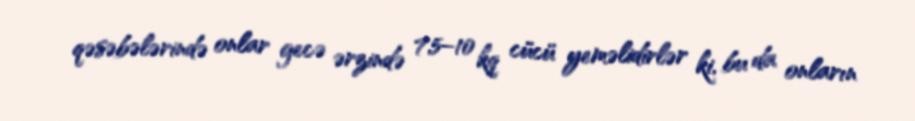
qəsəbələrində onlar gecə ərzində 7,5–10 kq cücü yeməlidirlər ki, bu da onların